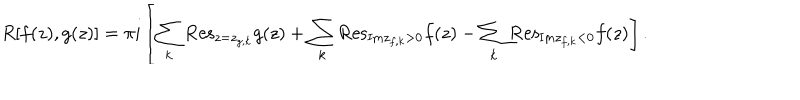
R [ f ( z ) , g ( z ) ] = \pi i \left[ \sum _ { k } { \mathrm { R e s } } _ { z = z _ { g , k } } g ( z ) + \sum _ { k } { \mathrm { R e s } } _ { { \mathrm { I m } } z _ { f , k } > 0 } f ( z ) - \sum _ { k } { \mathrm { R e s } } _ { { \mathrm { I m } } z _ { f , k } < 0 } f ( z ) \right] .